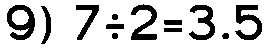
9) 7÷2=3.5